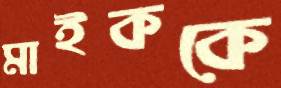
মাইককে